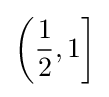
\left({\frac {1}{2}},1\right]